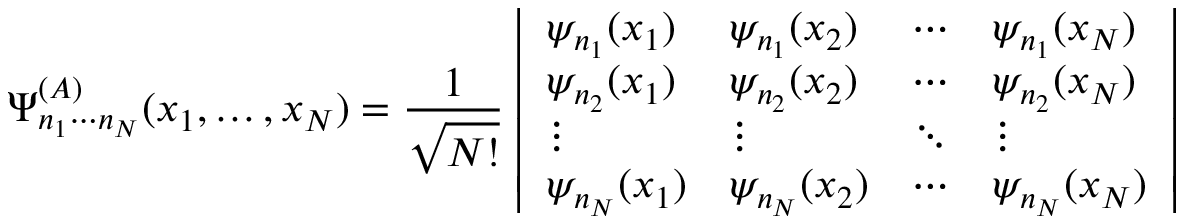
\Psi _ { n _ { 1 } \cdots n _ { N } } ^ { ( A ) } ( x _ { 1 } , \ldots , x _ { N } ) = { \frac { 1 } { \sqrt { N ! } } } \left| { \begin{array} { l l l l } { \psi _ { n _ { 1 } } ( x _ { 1 } ) } & { \psi _ { n _ { 1 } } ( x _ { 2 } ) } & { \cdots } & { \psi _ { n _ { 1 } } ( x _ { N } ) } \\ { \psi _ { n _ { 2 } } ( x _ { 1 } ) } & { \psi _ { n _ { 2 } } ( x _ { 2 } ) } & { \cdots } & { \psi _ { n _ { 2 } } ( x _ { N } ) } \\ { \vdots } & { \vdots } & { \ddots } & { \vdots } \\ { \psi _ { n _ { N } } ( x _ { 1 } ) } & { \psi _ { n _ { N } } ( x _ { 2 } ) } & { \cdots } & { \psi _ { n _ { N } } ( x _ { N } ) } \end{array} } \right|